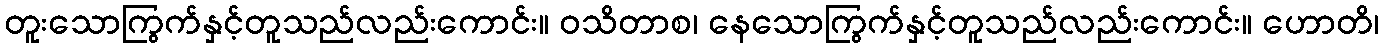
တူးသောကြွက်နှင့်တူသည်လည်းကောင်း။ ဝသိတာစ၊ နေသောကြွက်နှင့်တူသည်လည်းကောင်း။ ဟောတိ၊